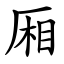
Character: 厢